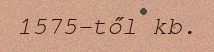
1575-től kb.